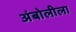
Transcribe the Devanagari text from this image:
अंबोलीला